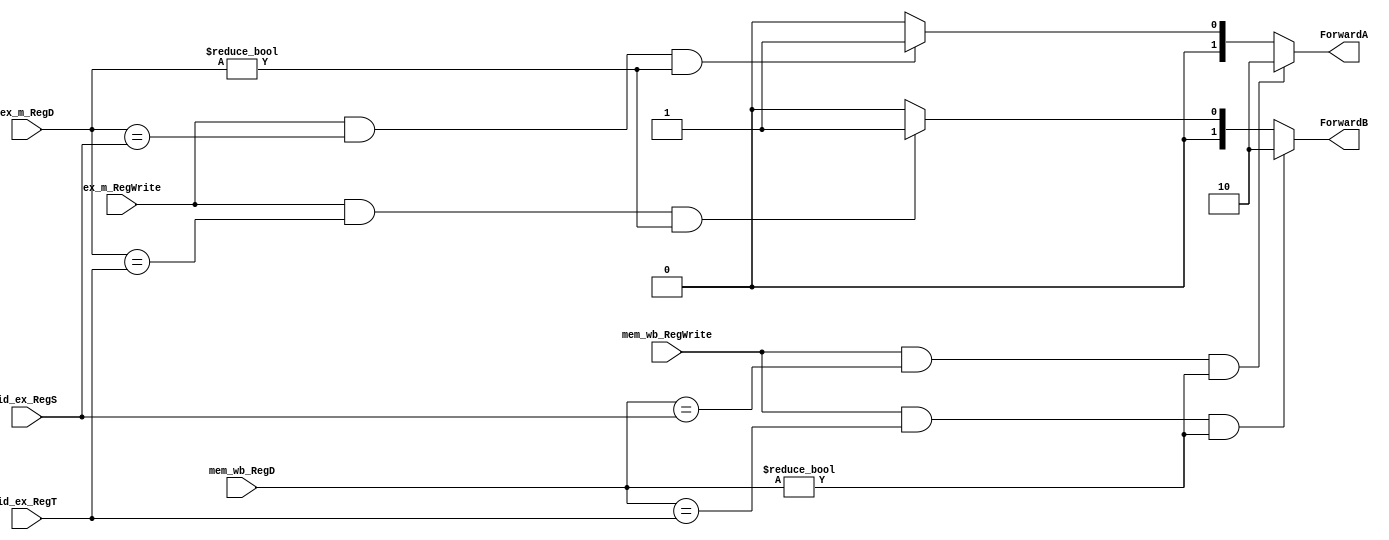
`timescale 1ns/1ns
module ForwartingUnit(  id_ex_RegT, id_ex_RegS,
			ex_m_RegD, ex_m_RegWrite,
			ForwardA, ForwardB,
		    mem_wb_RegD, mem_wb_RegWrite);

	input [4:0] id_ex_RegT,id_ex_RegS,ex_m_RegD,mem_wb_RegD;
	input ex_m_RegWrite,mem_wb_RegWrite;

	output [1:0] ForwardA,ForwardB;

	assign ForwardA = ( mem_wb_RegWrite == 1) &&
		 ( mem_wb_RegD == id_ex_RegS ) &&
		 ( mem_wb_RegD != 0) ? 2:  
			( ex_m_RegWrite == 1) &&
		 	( ex_m_RegD == id_ex_RegS ) &&
		 	( ex_m_RegD != 0) ? 1 : 0;

 	assign ForwardB = ( mem_wb_RegWrite == 1) &&
		 ( mem_wb_RegD == id_ex_RegT ) &&
		 ( mem_wb_RegD != 0) ? 2:
			( ex_m_RegWrite == 1) &&
		 	( ex_m_RegD == id_ex_RegT ) &&
		 	( ex_m_RegD != 0) ? 1 : 0;
endmodule